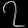
Digit: ၇